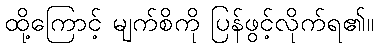
ထို့ကြောင့် မျက်စိကို ပြန်ဖွင့်လိုက်ရ၏။